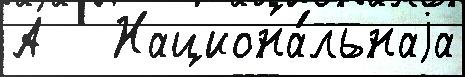
А   Национа́льнаjа